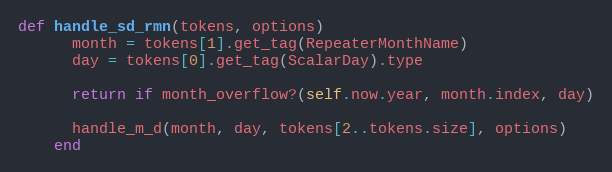
Language: Ruby
def handle_sd_rmn(tokens, options)
      month = tokens[1].get_tag(RepeaterMonthName)
      day = tokens[0].get_tag(ScalarDay).type

      return if month_overflow?(self.now.year, month.index, day)

      handle_m_d(month, day, tokens[2..tokens.size], options)
    end